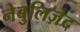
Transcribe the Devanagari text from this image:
नेबुलिज़ेद